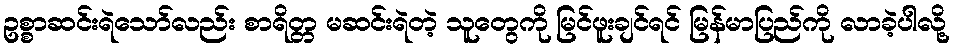
ဥစ္စာဆင်းရဲသော်လည်း စာရိတ္တ မဆင်းရဲတဲ့ သူတွေကို မြင်ဖူးချင်ရင် မြန်မာပြည်ကို လာခဲ့ပါလို့